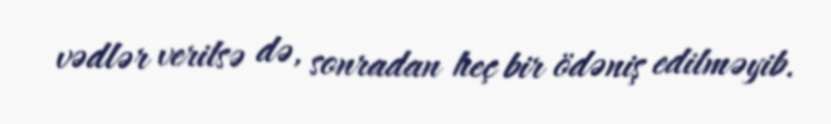
vədlər verilsə də, sonradan heç bir ödəniş edilməyib.